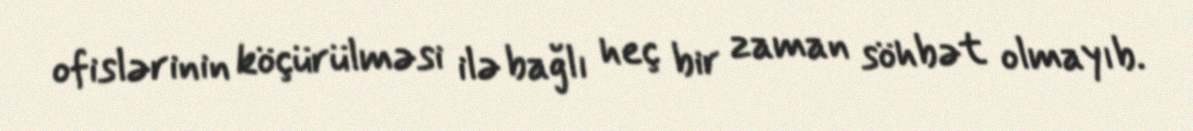
ofislərinin köçürülməsi ilə bağlı heç bir zaman söhbət olmayıb.